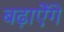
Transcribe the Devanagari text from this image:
बढ़ाऐेंगे